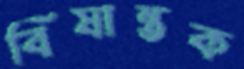
বিষান্তক